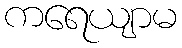
ကရေယျာမ